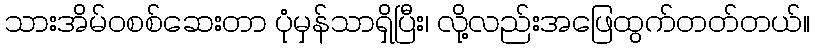
သားအိမ်ဝစစ်ဆေးတာ ပုံမှန်သာရှိပြီး၊ လို့လည်းအဖြေထွက်တတ်တယ်။